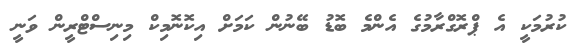
ކުރުމަކީ އެ ޕްރޮގްރާމުގެ އެންމެ ބޮޑު ބޭނުން ކަމަށް އިކޮނޮމިކް މިނިސްޓްރީން ވަނީ